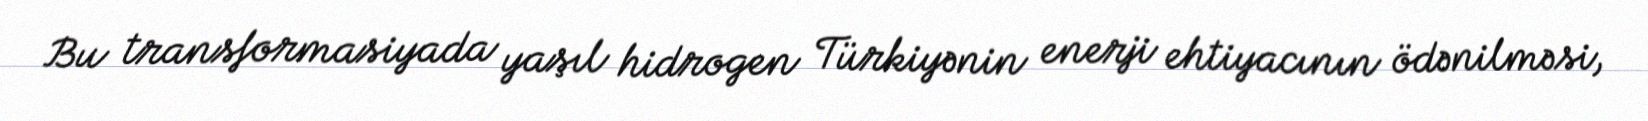
Bu transformasiyada yaşıl hidrogen Türkiyənin enerji ehtiyacının ödənilməsi,